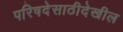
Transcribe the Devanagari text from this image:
परिषदेसाठीदेखील